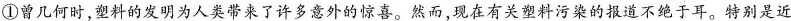
①曾几何时，塑料的发明为人类带来了许多意外的惊喜。然而，现在有关塑料污染的报道不绝于耳。特别是近